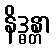
နိဒ္ဓန္တာ